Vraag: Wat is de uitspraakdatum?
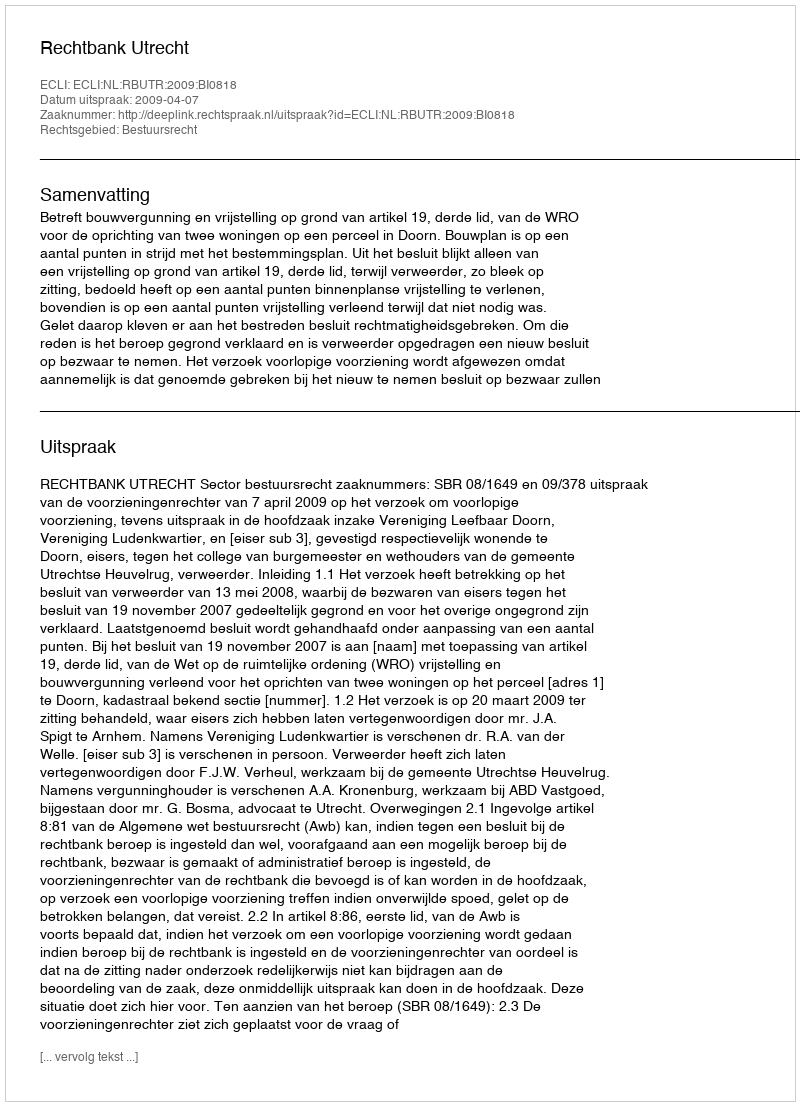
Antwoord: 2009-04-07